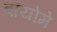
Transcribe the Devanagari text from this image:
बायोमे